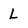
Character: L